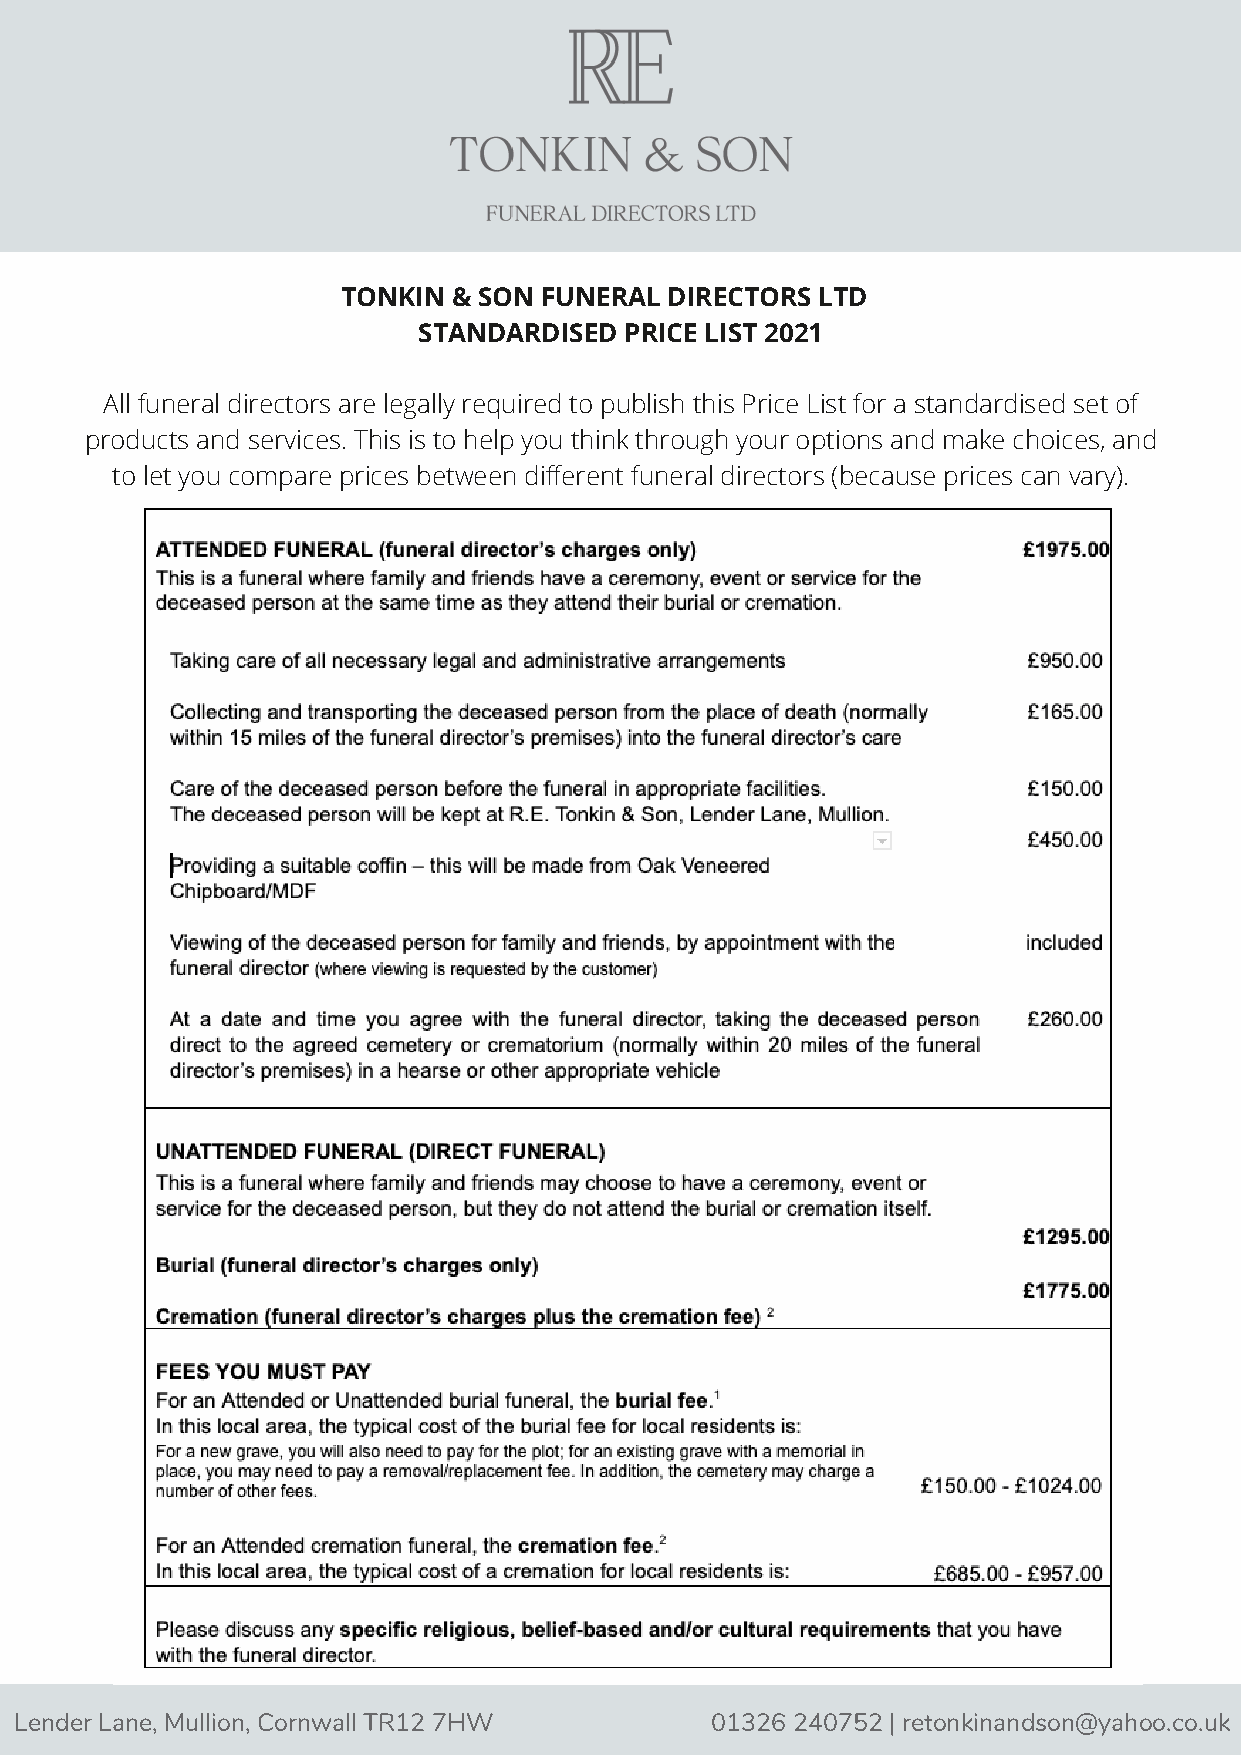
TONKIN & SON FUNERAL DIRECTORS LTD
 STANDARDISED PRICE LIST 2021
 All funeral directors are legally required to publish this Price List for a standardised set of
 products and services. This is to help you think through your options and make choices, and
 to let you compare prices between different funeral directors (because prices can vary).
 Lender Lane, Mullion, Cornwall TR12 7HW       01326 240752 | retonkinandson@yahoo.co.uk